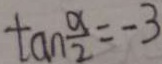
\tan \frac { a } { 2 } = - 3